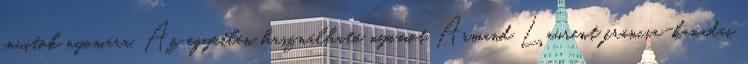
inuitok nyomára. Az egyetlen használható nyomot Armand Laurent francia-kanadai